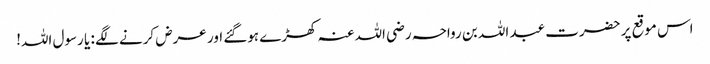
اس موقع پر حضرت عبد اللہ بن رواحہ رضی اللہ عنہ کھڑے ہوگئے اور عرض کرنے لگے : یا رسول اللہ!